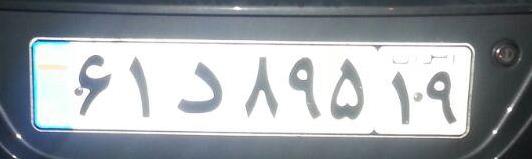
۶۱د۸۹۵۱۹